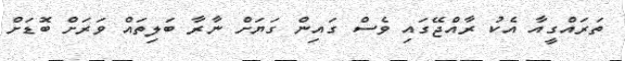
ތަރައްގީއާ އެކު ރާއްޖޭގައި ވެސް ގައިން ގަޔަށް ނާރާ ބަލިތައް ވަރަށް ބޮޑަށް